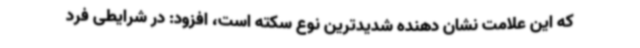
که این علامت نشان دهنده شدیدترین نوع سکته است، افزود: در شرایطی فرد